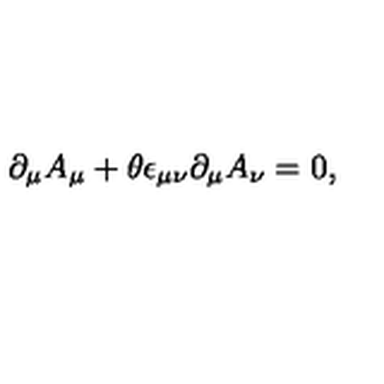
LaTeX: \partial _ { \mu } A _ { \mu } + \theta \epsilon _ { \mu \nu } \partial _ { \mu } A _ { \nu } = 0 ,